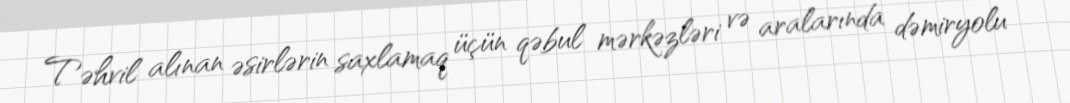
Təhvil alınan əsirlərin saxlamaq üçün qəbul mərkəzləri və aralarında dəmiryolu